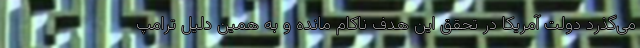
می‌گذرد دولت آمریکا در تحقق این هدف ناکام مانده و به همین دلیل ترامپ